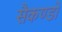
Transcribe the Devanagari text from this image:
सैकण्‍डों